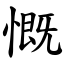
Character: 慨